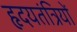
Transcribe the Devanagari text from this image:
हृदयतंत्रियों